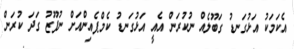
އެކަމަކު އަޅުގަނޑު ގަބޫލެއް ނުކުރަން އެއީ އަޅުގަނޑު ކެމްޕެއިންއަށް ނުފޫޒު ގަދަ ކުރަން